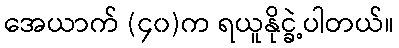
အေယာက် (၄၀)က ရယူနိုင္ခဲ့ပါတယ်။